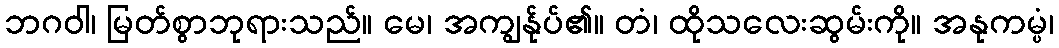
ဘဂဝါ၊ မြတ်စွာဘုရားသည်။ မေ၊ အကျွန်ုပ်၏။ တံ၊ ထိုသလေးဆွမ်းကို။ အနုကမ္ပံ၊